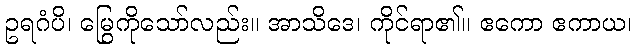
ဥရဂံပိ၊ မြွေကိုသော်လည်း။ အာသိဒေ၊ ကိုင်ရာ၏။ ဧကော ဧကာယ၊